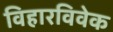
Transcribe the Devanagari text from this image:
विहारविवेक